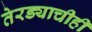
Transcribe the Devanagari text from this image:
तेरड्याचीही